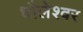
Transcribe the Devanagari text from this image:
धौलेश्वर